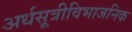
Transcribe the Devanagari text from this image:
अर्धसूत्रीविभाजनिक